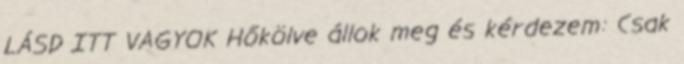
LÁSD ITT VAGYOK Hőkölve állok meg és kérdezem: Csak